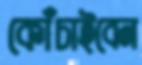
কোঁচাইবেন